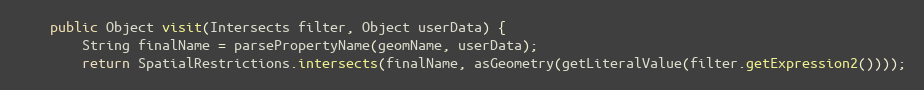
Language: Java
	public Object visit(Intersects filter, Object userData) {
		String finalName = parsePropertyName(geomName, userData);
		return SpatialRestrictions.intersects(finalName, asGeometry(getLiteralValue(filter.getExpression2())));